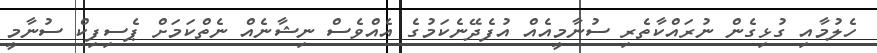
ހެލުމާއި ގުޅިގެން ނުރައްކާތެރި ސުނާމީއެއް އުފެދޭނެކަމުގެ އެއްވެސް ނިޝާނެއް ނެތްކަމަށް ޕެސިފިކް ސުނާމީ